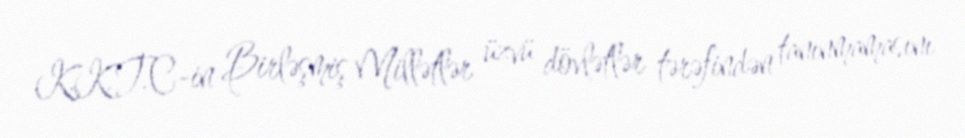
K.K.T.C-in Birləşmiş Millətlər üzvü dövlətlər tərəfindən tanınmamasını